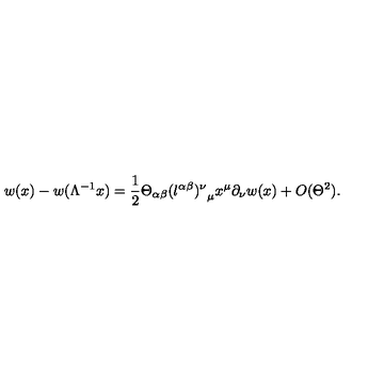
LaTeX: w ( x ) - w ( \Lambda ^ { - 1 } x ) = \frac { 1 } { 2 } \Theta _ { \alpha \beta } { ( l ^ { \alpha \beta } ) ^ { \nu } } _ { \mu } x ^ { \mu } \partial _ { \nu } w ( x ) + O ( \Theta ^ { 2 } ) .